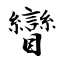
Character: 矕